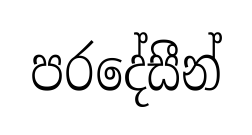
පරදේසීන්